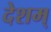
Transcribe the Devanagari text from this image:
देशम्‌